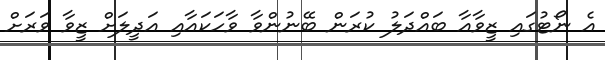
އެ ނޯޓުގައި ޒީވާއާ ބައްދަލު ކުރަން ބޭނުންވާ ވާހަކައާއި އަދީލަށް ޒީވާ ވަރަށް